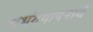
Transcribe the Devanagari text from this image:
अभंगगायनाचे